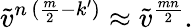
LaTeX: \tilde{v}^{n\, (\frac{m}{2}-k^{\prime})}\approx\tilde{v}^{\frac{mn}{2}}.